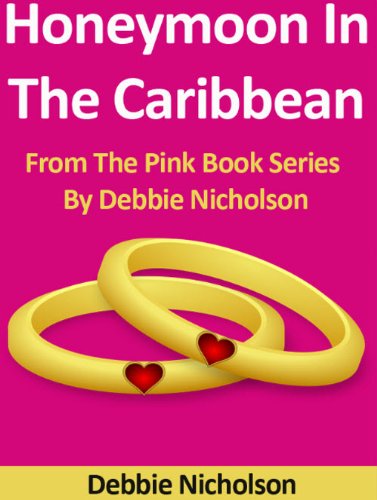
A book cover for Honeymoon In The Caribbean : From The Pink Book Series By Debbie Nicholson; Debbie Nicholson; Crafts, Hobbies & Home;